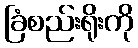
ခြံစည်းရိုးကို